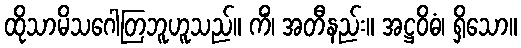
ထိုသာမိသဂေါတြဘူဟူသည်။ ကိံ၊ အတီနည်း။ အဋ္ဌဝိဓံ၊ ရှိသော။